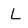
Character: L